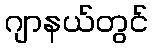
ဂျာနယ်တွင်